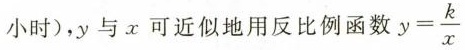
小时)，y与x可近似地用反比例函数$$y=\frac{k}{x}$$